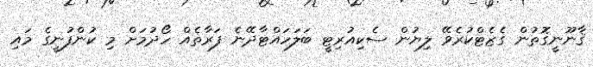
ޤާނޫނީގޮތުން ގެޒެޓްކުރެވޭ ލިޔުން ސެކިއުރިޓީ ބަލަހައްޓާދޭނެ ފަރާތެއް ހޯދުމަށް މި ކުންފުނީގެ މައި